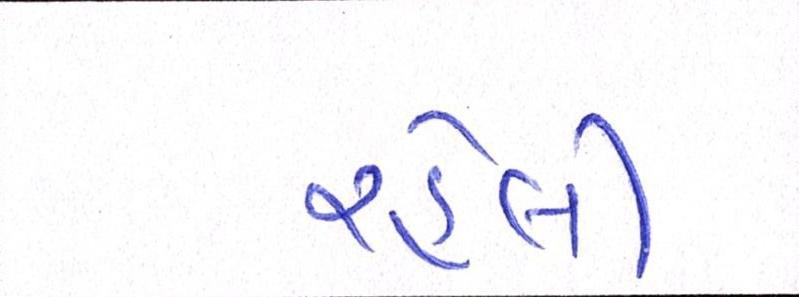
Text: રહેલી